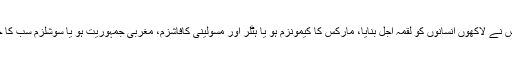
دوسری جانب اس تہذیب کی کارکردگی یہ ہے کہ گزشتہ صدی میں اس نے لاکھوں انسانوں کو لقمہ اجل بنایا، مارکس کا کیمونزم ہو یا ہٹلر اور مسولینی کافاشزم، مغربی جمہوریت ہو یا سوشلزم سب کا خمیر مذہب بیزاری کے عمل اور حریت فکر کی تحریک سے اٹھا ہے۔